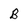
Character: B